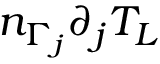
n _ { \Gamma _ { j } } \partial _ { j } T _ { L }